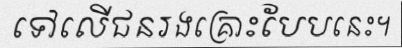
ទៅលើជនរងគ្រោះបែបនេះ។